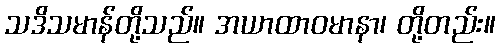
သဒိသမာန်တို့သည်။ အယာထာဝမာနာ၊ တို့တည်း။